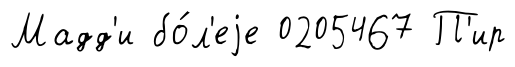
Мадд'и бо́л'еjе 0205467 П'ир